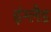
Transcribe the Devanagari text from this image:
इंग्लैड